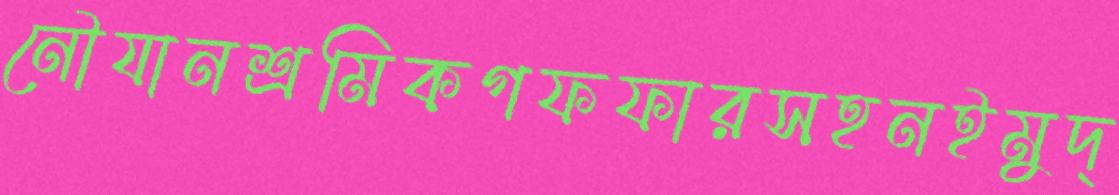
নৌযানশ্রমিকগফফারসহনইমুদ্